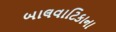
બાલવાટિકાના